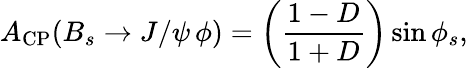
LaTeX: A_{\mathrm{CP}}(B_{s}\to J/\psi\, \phi)=\left(\frac{1-D}{1+D}\right)\sin\phi_{s},